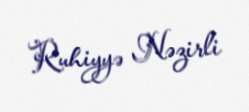
Ruhiyyə Nəzirli